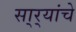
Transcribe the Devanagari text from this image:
सा्र्‍यांचे